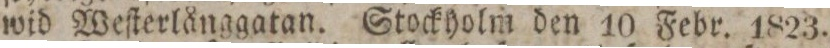
wid Weſterlånggatan. Stockholm den 10 Febr. 1823.